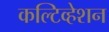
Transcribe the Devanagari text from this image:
कल्टिव्हेशन